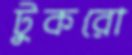
টুকরো